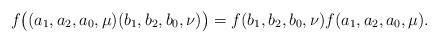
LaTeX: \begin{align*}f\big((a_1,a_2,a_0,\mu)(b_1,b_2,b_0,\nu)\big)=f(b_1,b_2,b_0,\nu)f(a_1,a_2,a_0,\mu).\end{align*}